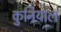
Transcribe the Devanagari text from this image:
कुनियाल